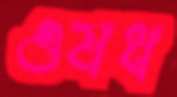
ওষধ